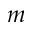
_ m